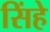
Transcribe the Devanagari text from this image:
सिंहे